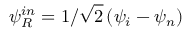
\psi _ { R } ^ { i n } = 1 / \sqrt 2 \left( \psi _ { i } - \psi _ { n } \right)